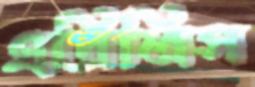
এপ্রিলিস